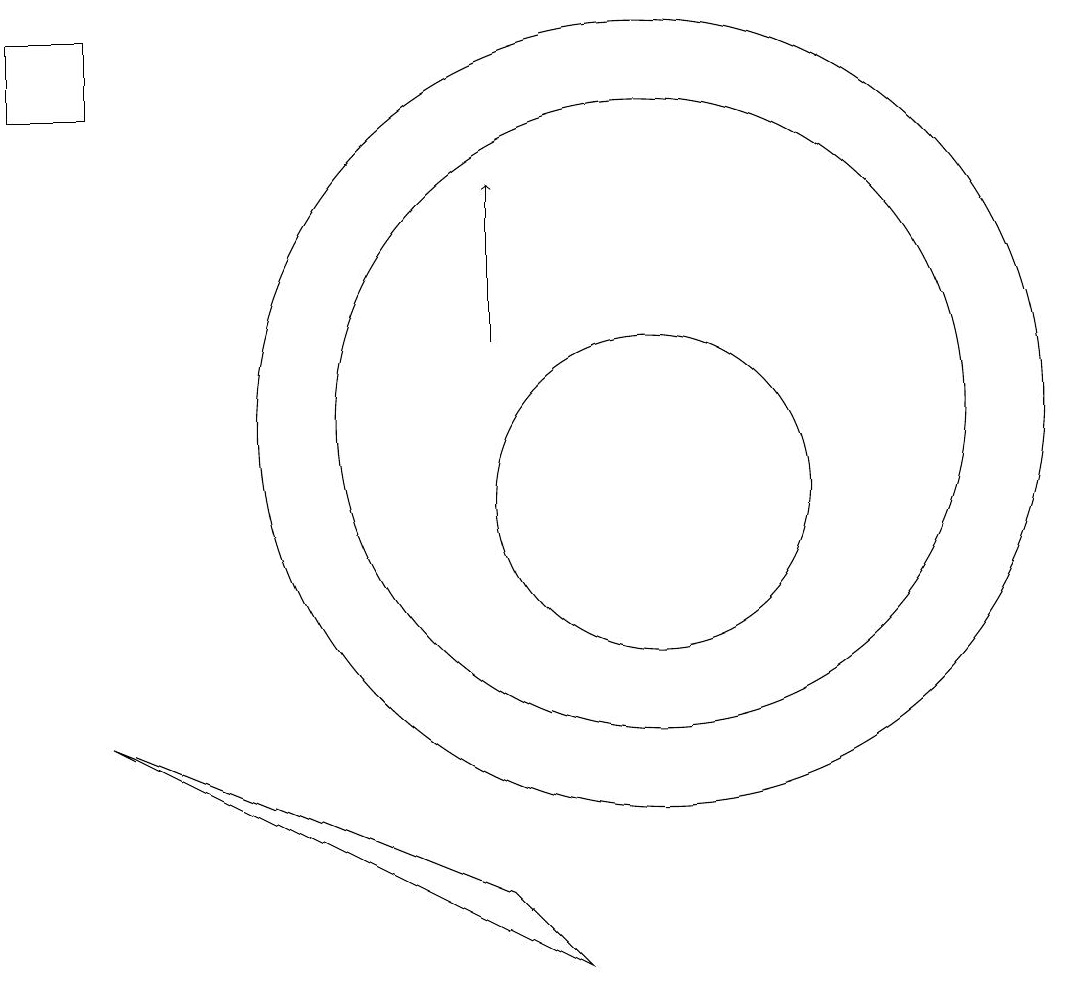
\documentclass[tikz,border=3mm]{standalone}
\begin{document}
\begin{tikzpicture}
\draw (10,10) circle (2);
\draw (2,16) rectangle (3,15);
\draw (10,11) circle (5);
\draw[->] (8,12) -- (8,14);
\draw (8,5) -- (3,7) -- (9,4) -- cycle;
\draw (10,11) circle (4);
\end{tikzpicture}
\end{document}